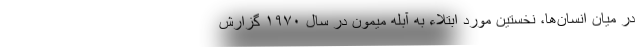
در میان انسان‌ها، نخستین مورد ابتلاء به آبله‌ میمون در سال ۱۹۷۰ گزارش